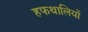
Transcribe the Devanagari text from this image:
हफथालियों